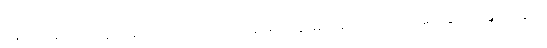
နေထိုင်ခြင်း မရှိသူ တစ်ယာက်ယောက်ရဲ့ မဲစာရင်း နာမည်နဲ့လည်း မဲလာပေးနိုင်တာမျိုးတွေပါ။